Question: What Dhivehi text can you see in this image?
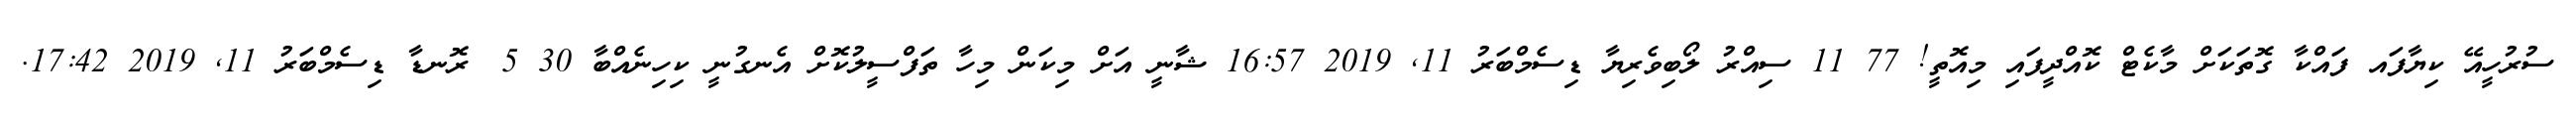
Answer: ސުރުހީއޭ ކިޔާފައ ފައްކާ ގޮތަކަށް މާކެޓް ކޮއްދީފައި މިއޮތީ! 77 11 ސިއްރު ލޯބިވެރިޔާ ޑިސެމްބަރު 11, 2019 16:57 ޝާނީ އަށް މިކަން މިހާ ތަފްސީލުކޮށް އެނގުނީ ކިހިނެއްބާ 30 5 ?ރޮނޑާ ޑިސެމްބަރު 11, 2019 17:42.